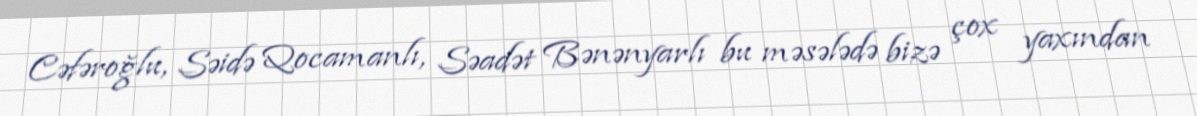
Cəfəroğlu, Səidə Qocamanlı, Səadət Bənənyarlı bu məsələdə bizə çox yaxından